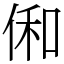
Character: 俰